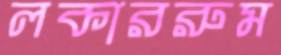
লকাররুম